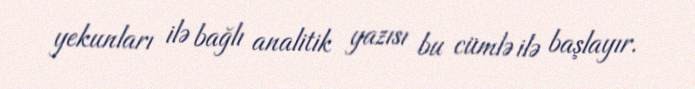
yekunları ilə bağlı analitik yazısı bu cümlə ilə başlayır.